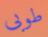
طوبى